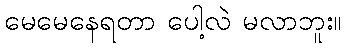
မေမေနေရတာ ပေါ့လဲ မလာဘူး။